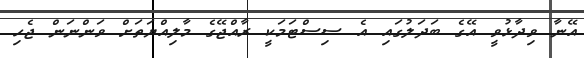
އޭނާ ވިދާޅުވީ އޭގެ ބަދަލުގައި އެ ސިސްޓަމަކީ ރާއްޖޭގެ މާލިއްޔަތަށް ވަންނަން ޖެހި